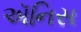
ઍનિસ